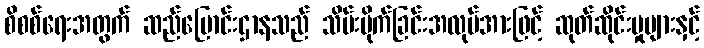
စိစစ်ရေးအတွက် ဆည်မြောင်းဌာနသည် သိမ်းပိုက်ခြင်းအလုပ်အားဖြင့် ဆုတ်ဆိုင်းမှုများနှင့်